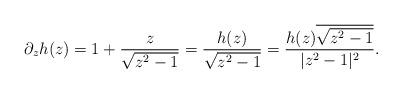
LaTeX: \begin{align*}\partial_z h (z)= 1 +\frac{z}{\sqrt{z^2-1}} = \frac{h(z)}{\sqrt{z^2-1}} = \frac{h(z) \overline{\sqrt{z^2-1}}}{|z^2-1|^2}.\end{align*}